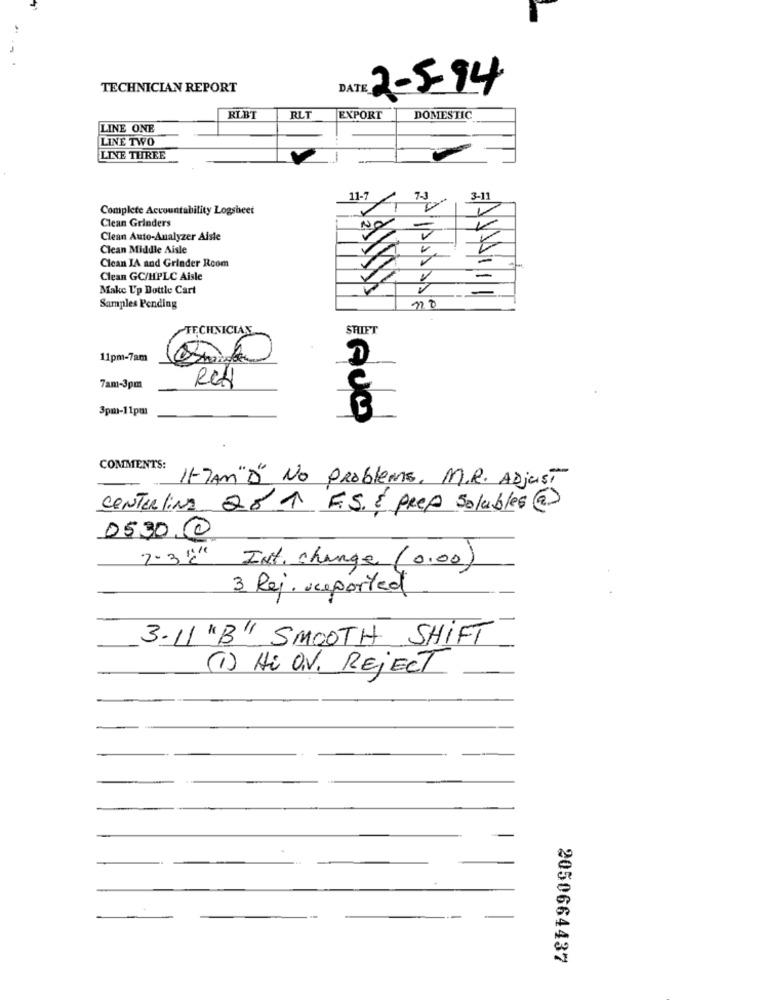
TECHNICIAN REPORT
2-5-94
RLBT
RLT
EXPORT
DOMESTIC
LINE ONE
LINE TWO
LINE THREE
11-7
7-1
3-11
Complete Accountability Logsheet
Clean Grinders
NO
Clean Auto-Analyzer Aisle
Clean Middle Aisle
Clean IA and Grinder Rcom
Clean GC/HPLC Aisle
-
Make Up Bottle Cart
Samples Pending
SHIFT
TECHNICIAN
11pm-7am
Red
7am-3pm
3pm-11pul
COMMENTS:
It-Jan"D" No problems. M.R. ADjust
CONTElina 28 1 F.S. É prep solubles @
0530 0
7.3'" Int. change (0.00)
3. Rej. reported
3.11 "B" SMOOTH SHIFT
(1) Hi ON. REJECT
2050664437